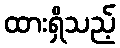
ထားရှိသည့်